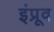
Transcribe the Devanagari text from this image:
इंप्रूव